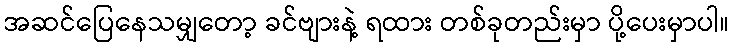
အဆင်ပြေနေသမျှတော့ ခင်ဗျားနဲ့ ရထား တစ်ခုတည်းမှာ ပို့ပေးမှာပါ။